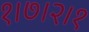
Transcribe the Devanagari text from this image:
१।७।२।१